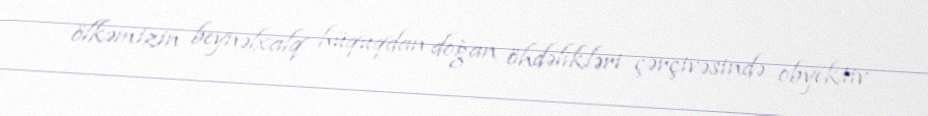
ölkəmizin beynəlxalq hüquqdan doğan öhdəlikləri çərçivəsində obyektiv